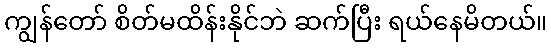
ကျွန်တော် စိတ်မထိန်းနိုင်ဘဲ ဆက်ပြီး ရယ်နေမိတယ်။